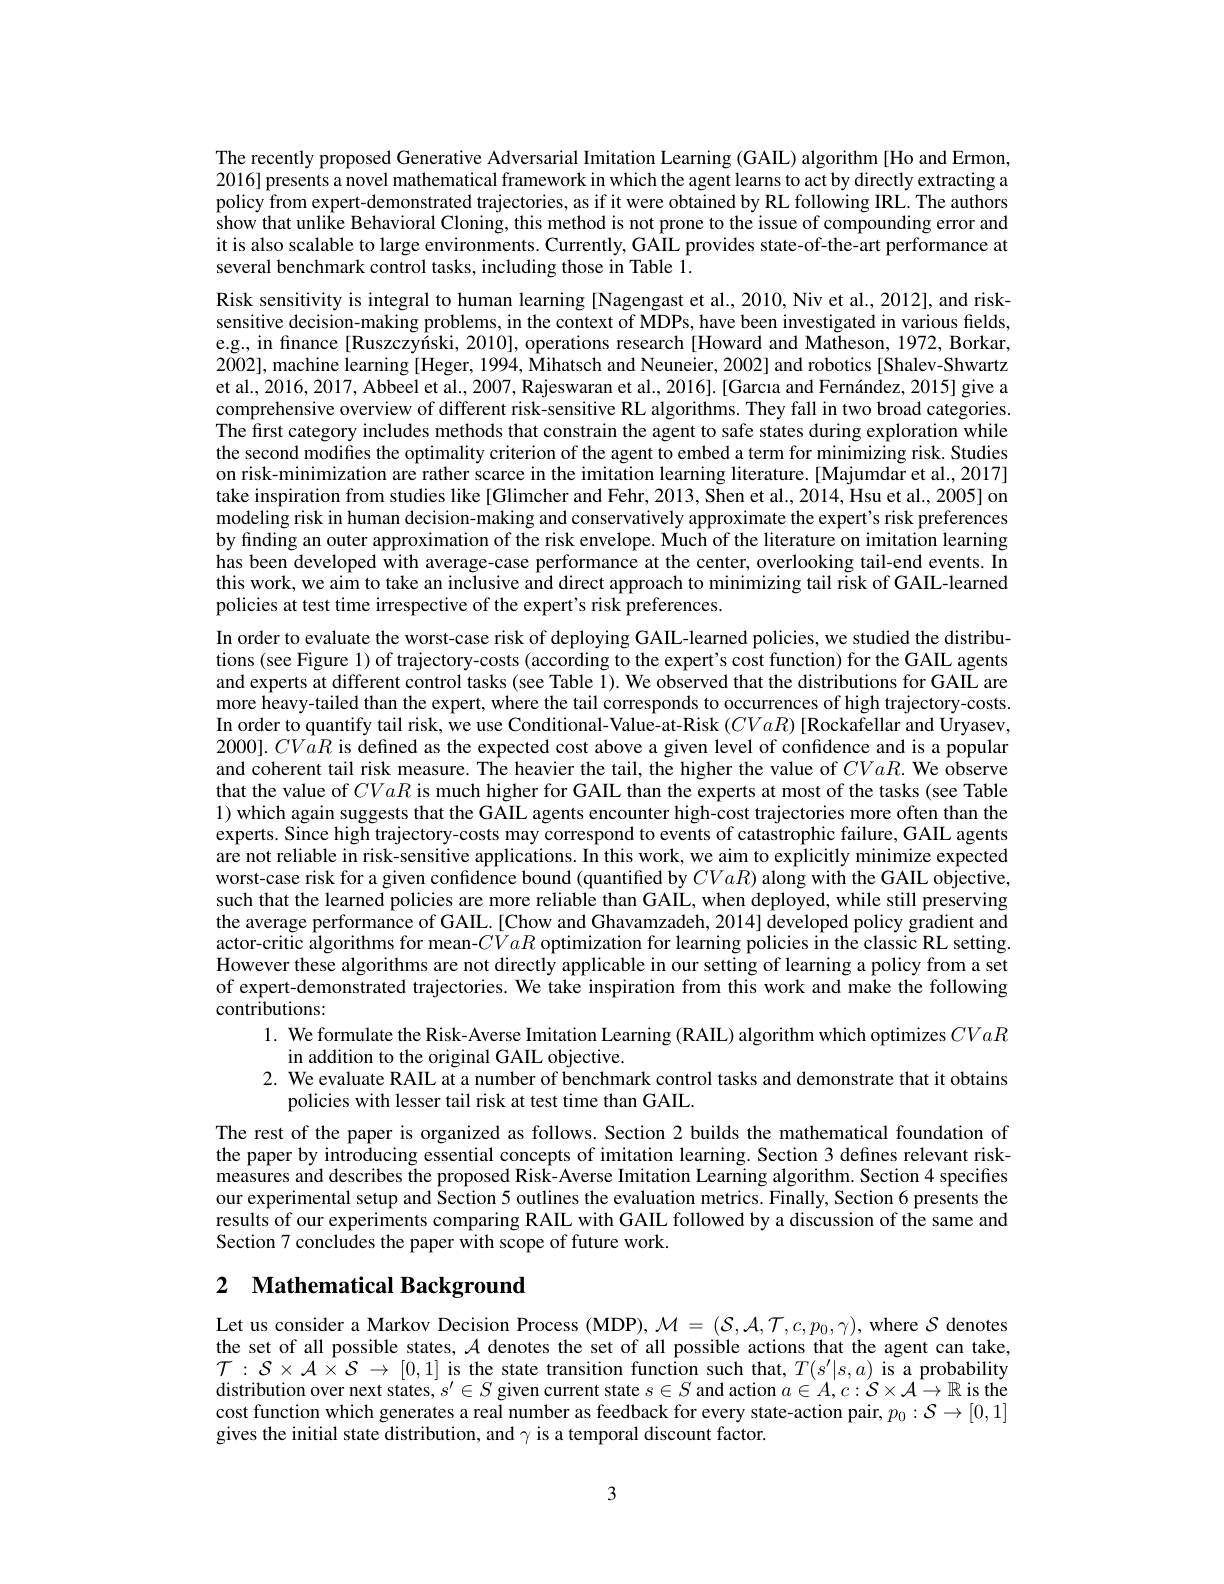
The recently proposed Generative Adversarial Imitation Learning (GAIL) algorithm [Ho and Ermon, 2016] presents a novel mathematical framework in which the agent learns to act by directly extracting a policy from expert-demonstrated trajectories, as if it were obtained by RL following IRL. The authors show that unlike Behavioral Cloning, this method is not prone to the issue of compounding error and it is also scalable to large environments. Currently, GAIL provides state-of-the-art performance at several benchmark control tasks, including those in Table $\hat{1}.$

Risk sensitivity is integral to human learning [Nagengast et al., 2010, Niv et al., 2012], and risksensitive decision-making problems, in the context of MDPs, have been investigated in various fields, e.g., in finance[Ruszczyíski, 2010], operations research[Howard and Matheson, 1972, Borkar, 2002], machine learning [Heger, 1994, Mihatsch and Neuneier, 2002] and robotics [Shalev-Shwartz et al., 2016, 2017, Abbeel et al., 2007, Rajeswaran et al., 2016]. [Garcıa and Fernández, 2015] give a comprehensive overview of different risk-sensitive RL algorithms. They fall in two broad categories The first category includes methods that constrain the agent to safe states during exploration while the second modifies the optimality criterion of the agent to embed a term for minimizing risk. Studies on risk-minimization are rather scarce in the imitation learning literature.[Majumdar et al., 2017] take inspiration from studies like [Glimcher and Fehr, 2013, Shen et al.., 2014, Hsu et al., 2005] on modeling risk in human decision-making and conservatively approximate the expert's risk preferences by finding an outer approximation of the risk envelope. Much of the literature on imitation learning has been developed with average-case performance at the center, overlooking tail-end events. In this work, we aim to take an inclusive and direct approach to minimizing tail risk of GAIL-learned

policies at test time irrespective of the expert's risk preferences.
In order to evaluate the worst-case risk of deploying GAIL-learned policies, we studied the distributions (see Figure 1) of trajectory-costs (according to the expert's cost function) for the GAIL agents and experts at different control tasks (see Table 1). We observed that the distributions for GAIL are more heavy-tailed than the expert, where the tail corresponds to occurrences of high trajectory-costs In order to quantify tail risk, we use Conditional-Value-at-Risk $(CVaR)$ [Rockafellar and Uryasev, $2000].CVaR$ is defined as the expected cost above a given level of confidence and is a popular and coherent tail risk measure. The heavier the tail, the higher the value of $CVaR.$ We observe that the value of CVaR is much higher for GAIL than the experts at most of the tasks (see Table 1) which again suggests that the GAIL agents encounter high-cost trajectories more often than the experts. Since high trajectory-costs may correspond to events of catastrophic failure, GAIL agents are not reliable in risk-sensitive applications. In this work, we aim to explicitly minimize expected worst-case risk for a given confidence bound (quantified by CVaR) along with the GAIL objective, such that the learned policies are more reliable than GAIL, when deployed, while still preserving the average performance of GAIL.[Chow and Ghavamzadeh, 2014] developed policy gradient and actor-critic algorithms for mean-CVaR optimization for learning policies in the classic RL setting However these algorithms are not directly applicable in our setting of learning a policy from a set of expert-demonstrated trajectories. We take inspiration from this work and make the following contributions:
1. We formulate the Risk-Averse Imitation Learning (RAIL) algorithm which optimizes CVaR
in addition to the original GAIL objective.
2. We evaluate RAIL at a number of benchmark control tasks and demonstrate that it obtains
policies with lesser tail risk at test time than GAIL.
The rest of the paper is organized as follows. Section 2 builds the mathematical foundation of the paper by introducing essential concepts of imitation learning. Section 3 defines relevant riskmeasures and describes the proposed Risk-Averse Imitation Learning algorithm. Section 4 specifies our experimental setup and Section 5 outlines the evaluation metrics. Finally, Section 6 presents the results of our experiments comparing RAIL with GAIL followed by a discussion of the same and Section 7 concludes the paper with scope of future work.

## 2 $\textbf{Mathematical Background}$

Let us consider a Markov Decision Process (MDP), $\mathcal{M}=(\mathcal{S},\mathcal{A},\mathcal{T},c,p_0,\gamma)$, where $\mathcal{S}$ denotes the set of all possible states, $\mathcal{A}$ denotes the set of all possible actions that the agent can take, $\mathcal{T}:\mathcal{S}\times\mathcal{A}\times\mathcal{S}\to[0,1]$ is the state transition function such that, $T(s^\prime|s,a)$ is a probability distribution over next states, $s^\prime\in S$ given current state $s\in S$ and action $a\in A,c:\mathcal{S}\times\mathcal{A}\to\mathbb{R}$ is the cost function which generates a real number as feedback for every state-action pair, $p_0:\mathcal{S}\to[0,1]$ gives the initial state distribution, and $\gamma$ is a temporal discount factor.

3